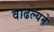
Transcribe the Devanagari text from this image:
वाढल्यने